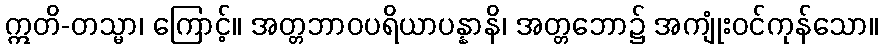
ဣတိ-တသ္မာ၊ ကြောင့်။ အတ္တဘာဝပရိယာပန္နာနိ၊ အတ္တဘော၌ အကျုံးဝင်ကုန်သော။